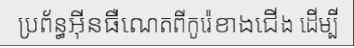
ប្រព័ន្ធអ៊ីនធឺណេតពីកូរ៉េខាងជើង ដើម្បី